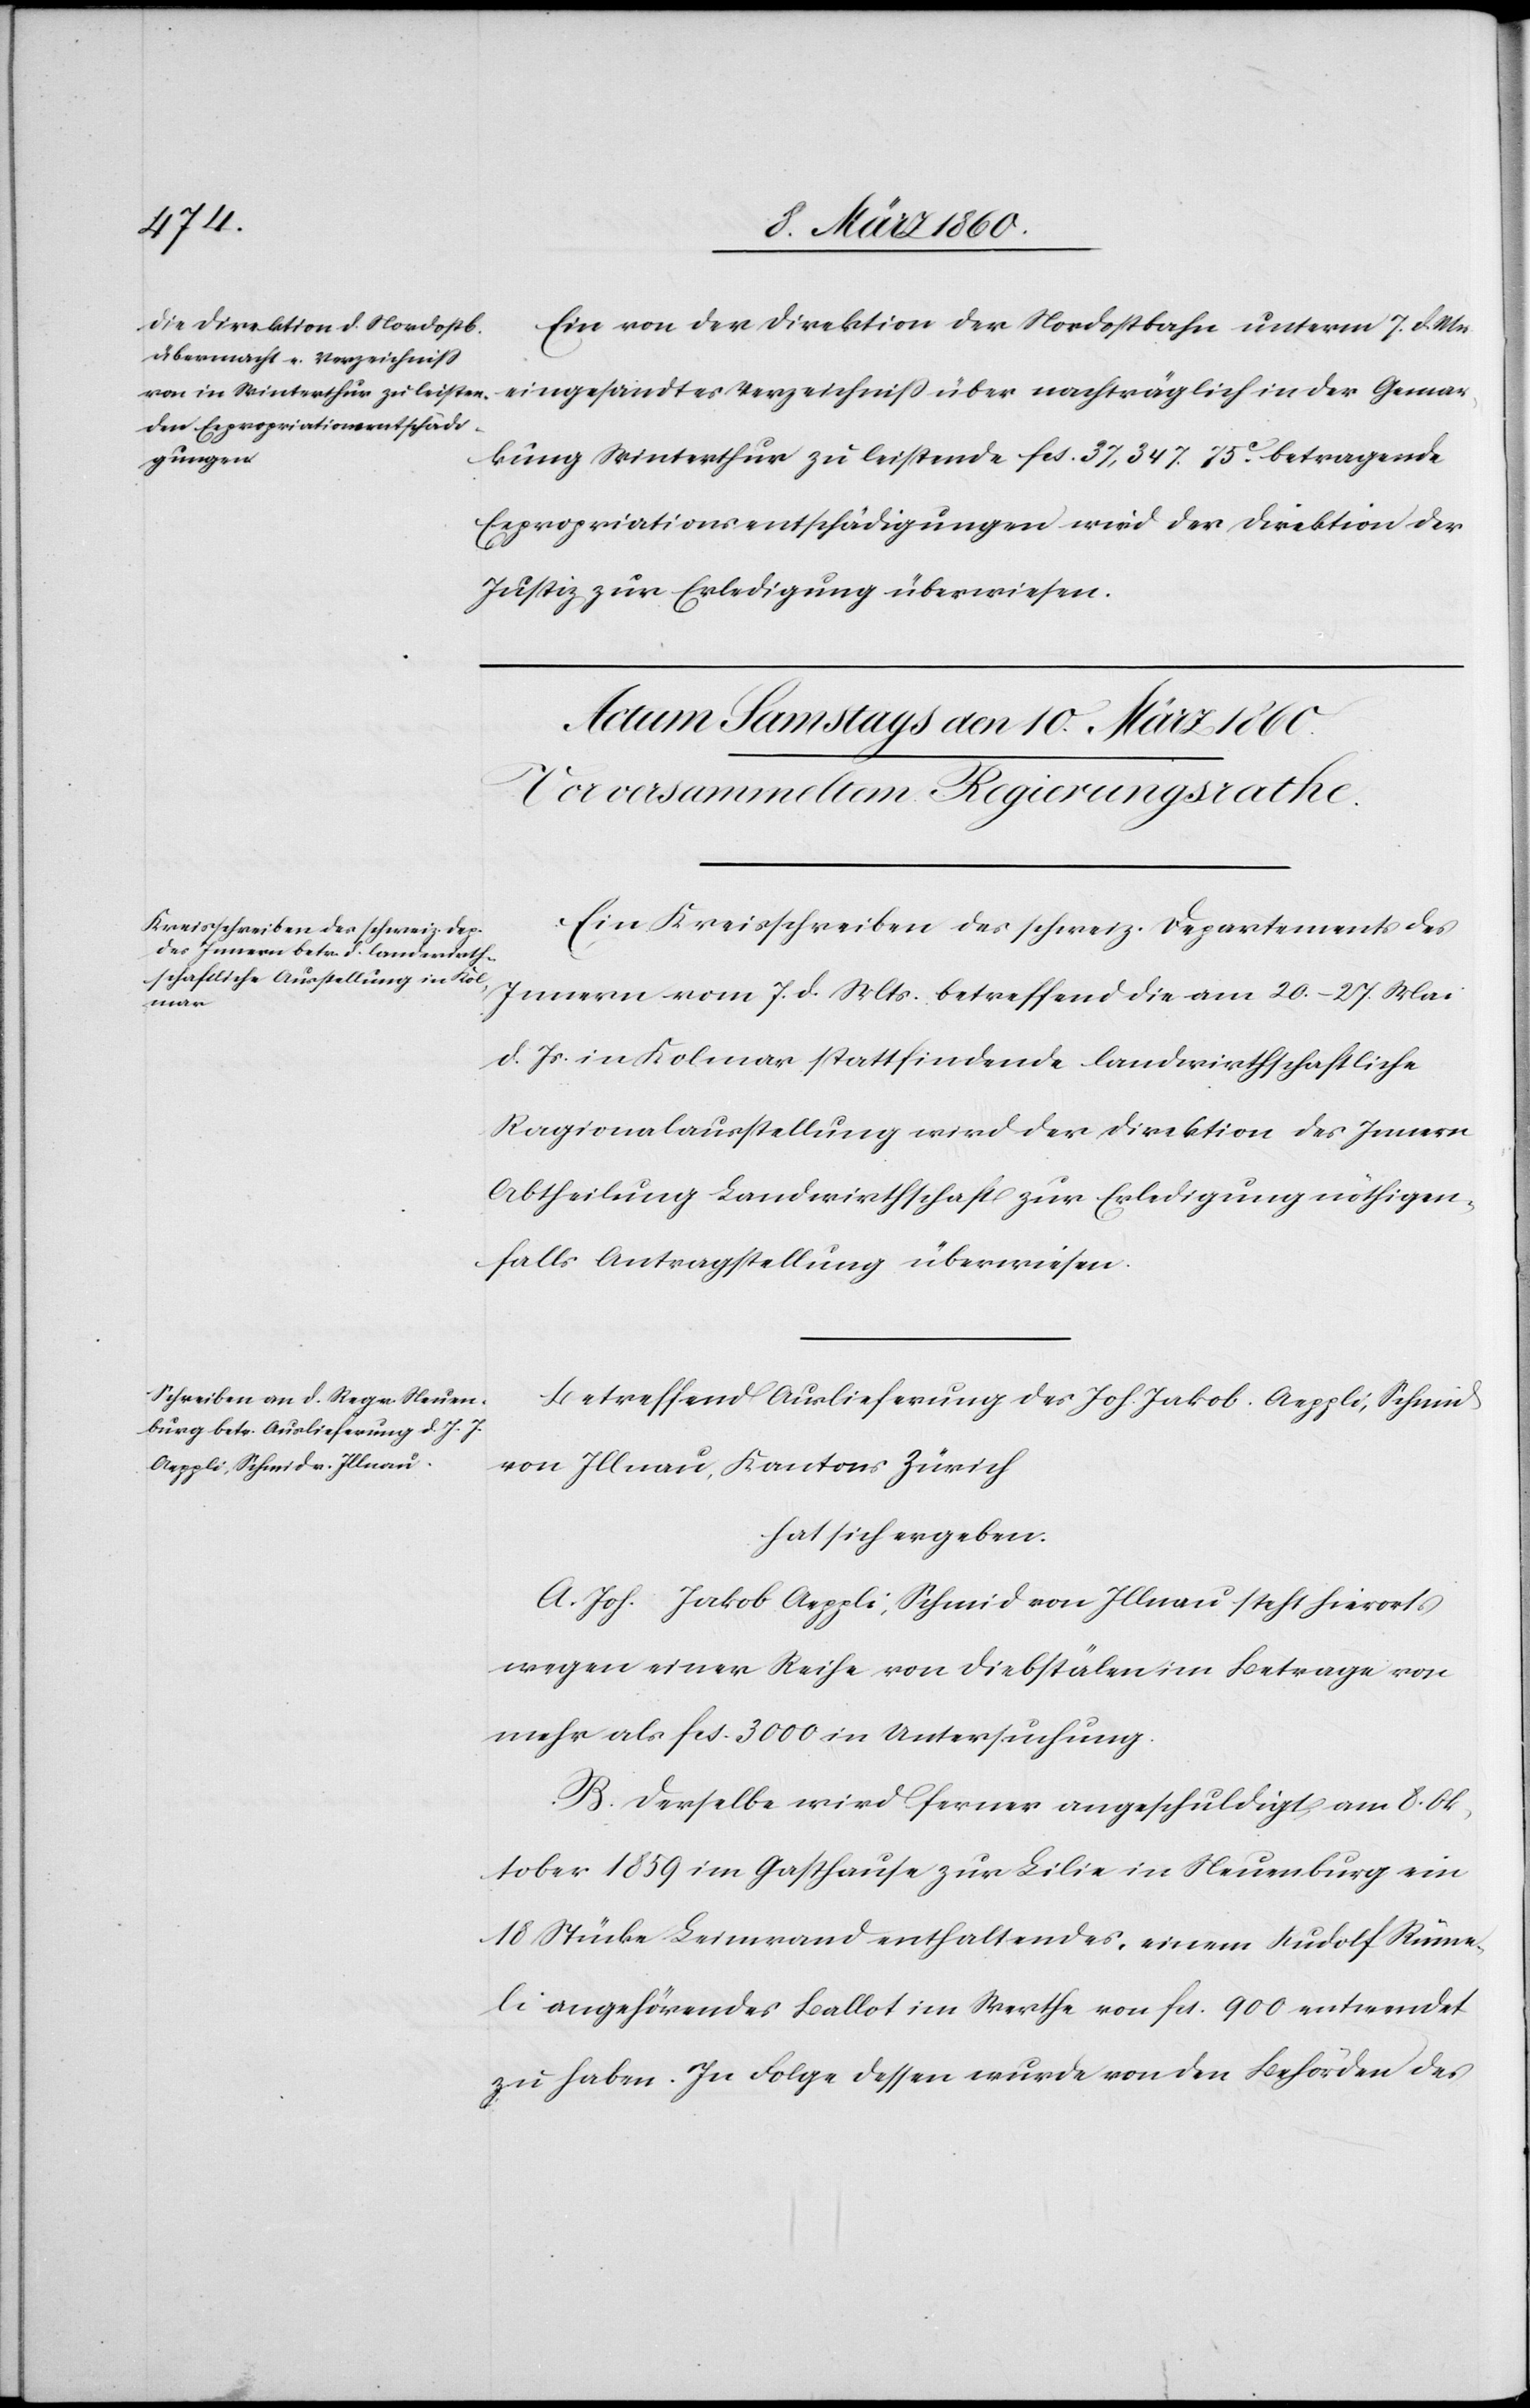
Ein von der Direktion der Nordostbahn unterm 7. d. Mts.
kung Winterthur zu leistende fcs. 37,347. 75C betragende
Expropriationsentschädigungen wird der Direktion der
Justiz zur Erledigung überwiesen.
Ein Kreisschreiben des schweiz. Departements des
Innern vom 7. d. Mts. betreffend die am 20.–27. Mai
Gemar¬
d. Js. in Kolmar stattfindende landwirtschaftliche
Ragionalausstellung wird der Direktion des Innern
Abtheilung Landwirthschaft zur Erledigung nöthigen¬
falls Antragstellung überwiesen.
Betreffend Auslieferung des Joh. Jakob Aeppli, Schmid
von Illnau, Kanton Zürich
hat sich ergeben:
A. Joh. Jakob Aeppli von Illnau steht hierorts
wegen einer Reihe von Diebstälen im Betrage von
mehr als fcs. 3000. in Untersuchung.
B. Derselbe wird ferner angeschuldigt, am 8. Ok¬
tober 1859 im Gasthause zur Lilie in Neuenburg ein
18 Stücke Leimrand enthaltendes, einem Rudolf Rüme¬
li angehörendes Ballot im Werthe von fcs. 900 entwendet
zu haben. In Folge dessen wurde von den Behörden des